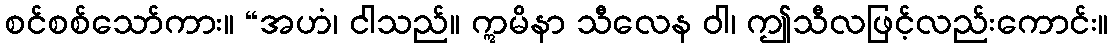
စင်စစ်သော်ကား။ “အဟံ၊ ငါသည်။ ဣမိနာ သီလေန ဝါ၊ ဤသီလဖြင့်လည်းကောင်း။